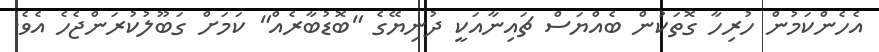
އެހެންކަމުން ހުރިހާ ގޮތަކުން ބެއްޔަސް ޗައިނާއަކީ ދުނިޔޭގެ "ބޮޑުބާރެއް" ކަމަށް ގަބޫލުކުރަންޖެހެ އެވެ.